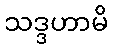
သဒ္ဒဟာမိ